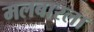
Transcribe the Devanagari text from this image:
मलबारला